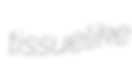
tissuelike